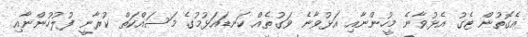
އެގޮތުން ޓެގު އެޅުވާނެ މީހުންނާއި އަޅުވާނެ ވަގުތެއް ކަނޑައަޅުމުގެ މަސައްކަތް ކުރާނީ ފުލުހުންނާއި